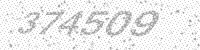
Solution: 374509